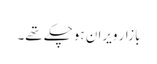
بازار ویران ہوچکے تھے۔